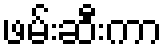
ဖမ်းဆီးကာ